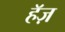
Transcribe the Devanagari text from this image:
हॅज़